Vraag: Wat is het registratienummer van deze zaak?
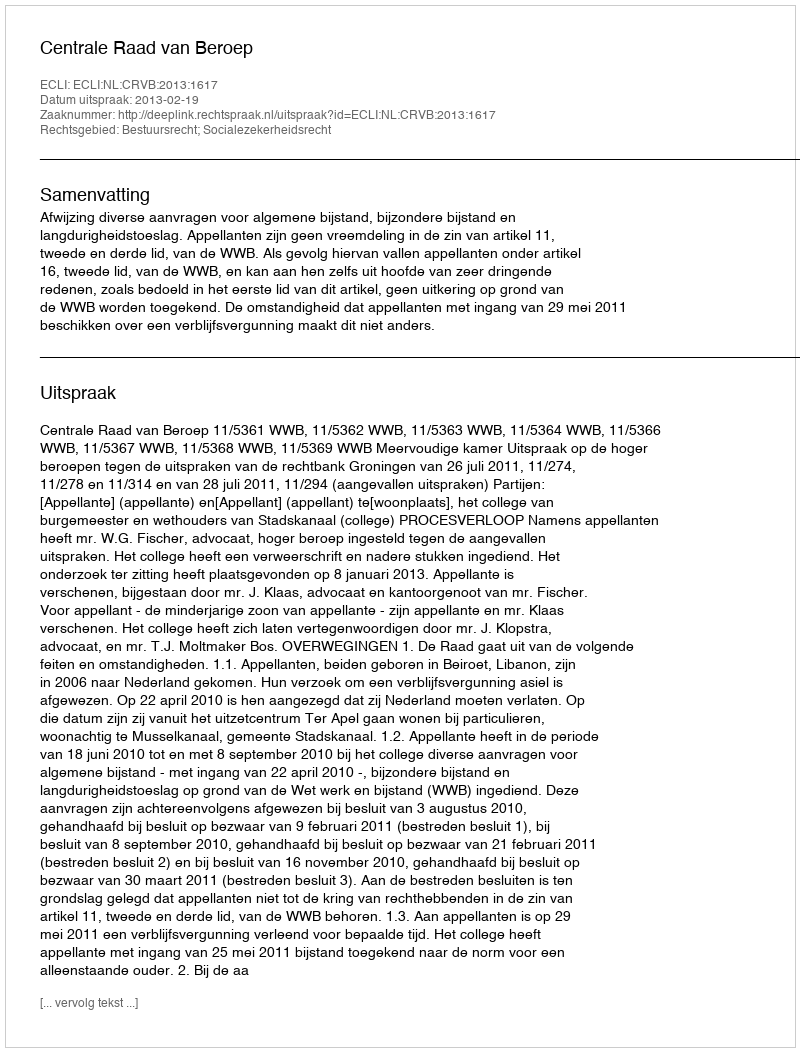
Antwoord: http://deeplink.rechtspraak.nl/uitspraak?id=ECLI:NL:CRVB:2013:1617